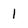
Character: 1